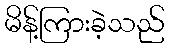
မိန့်ကြားခဲ့သည်